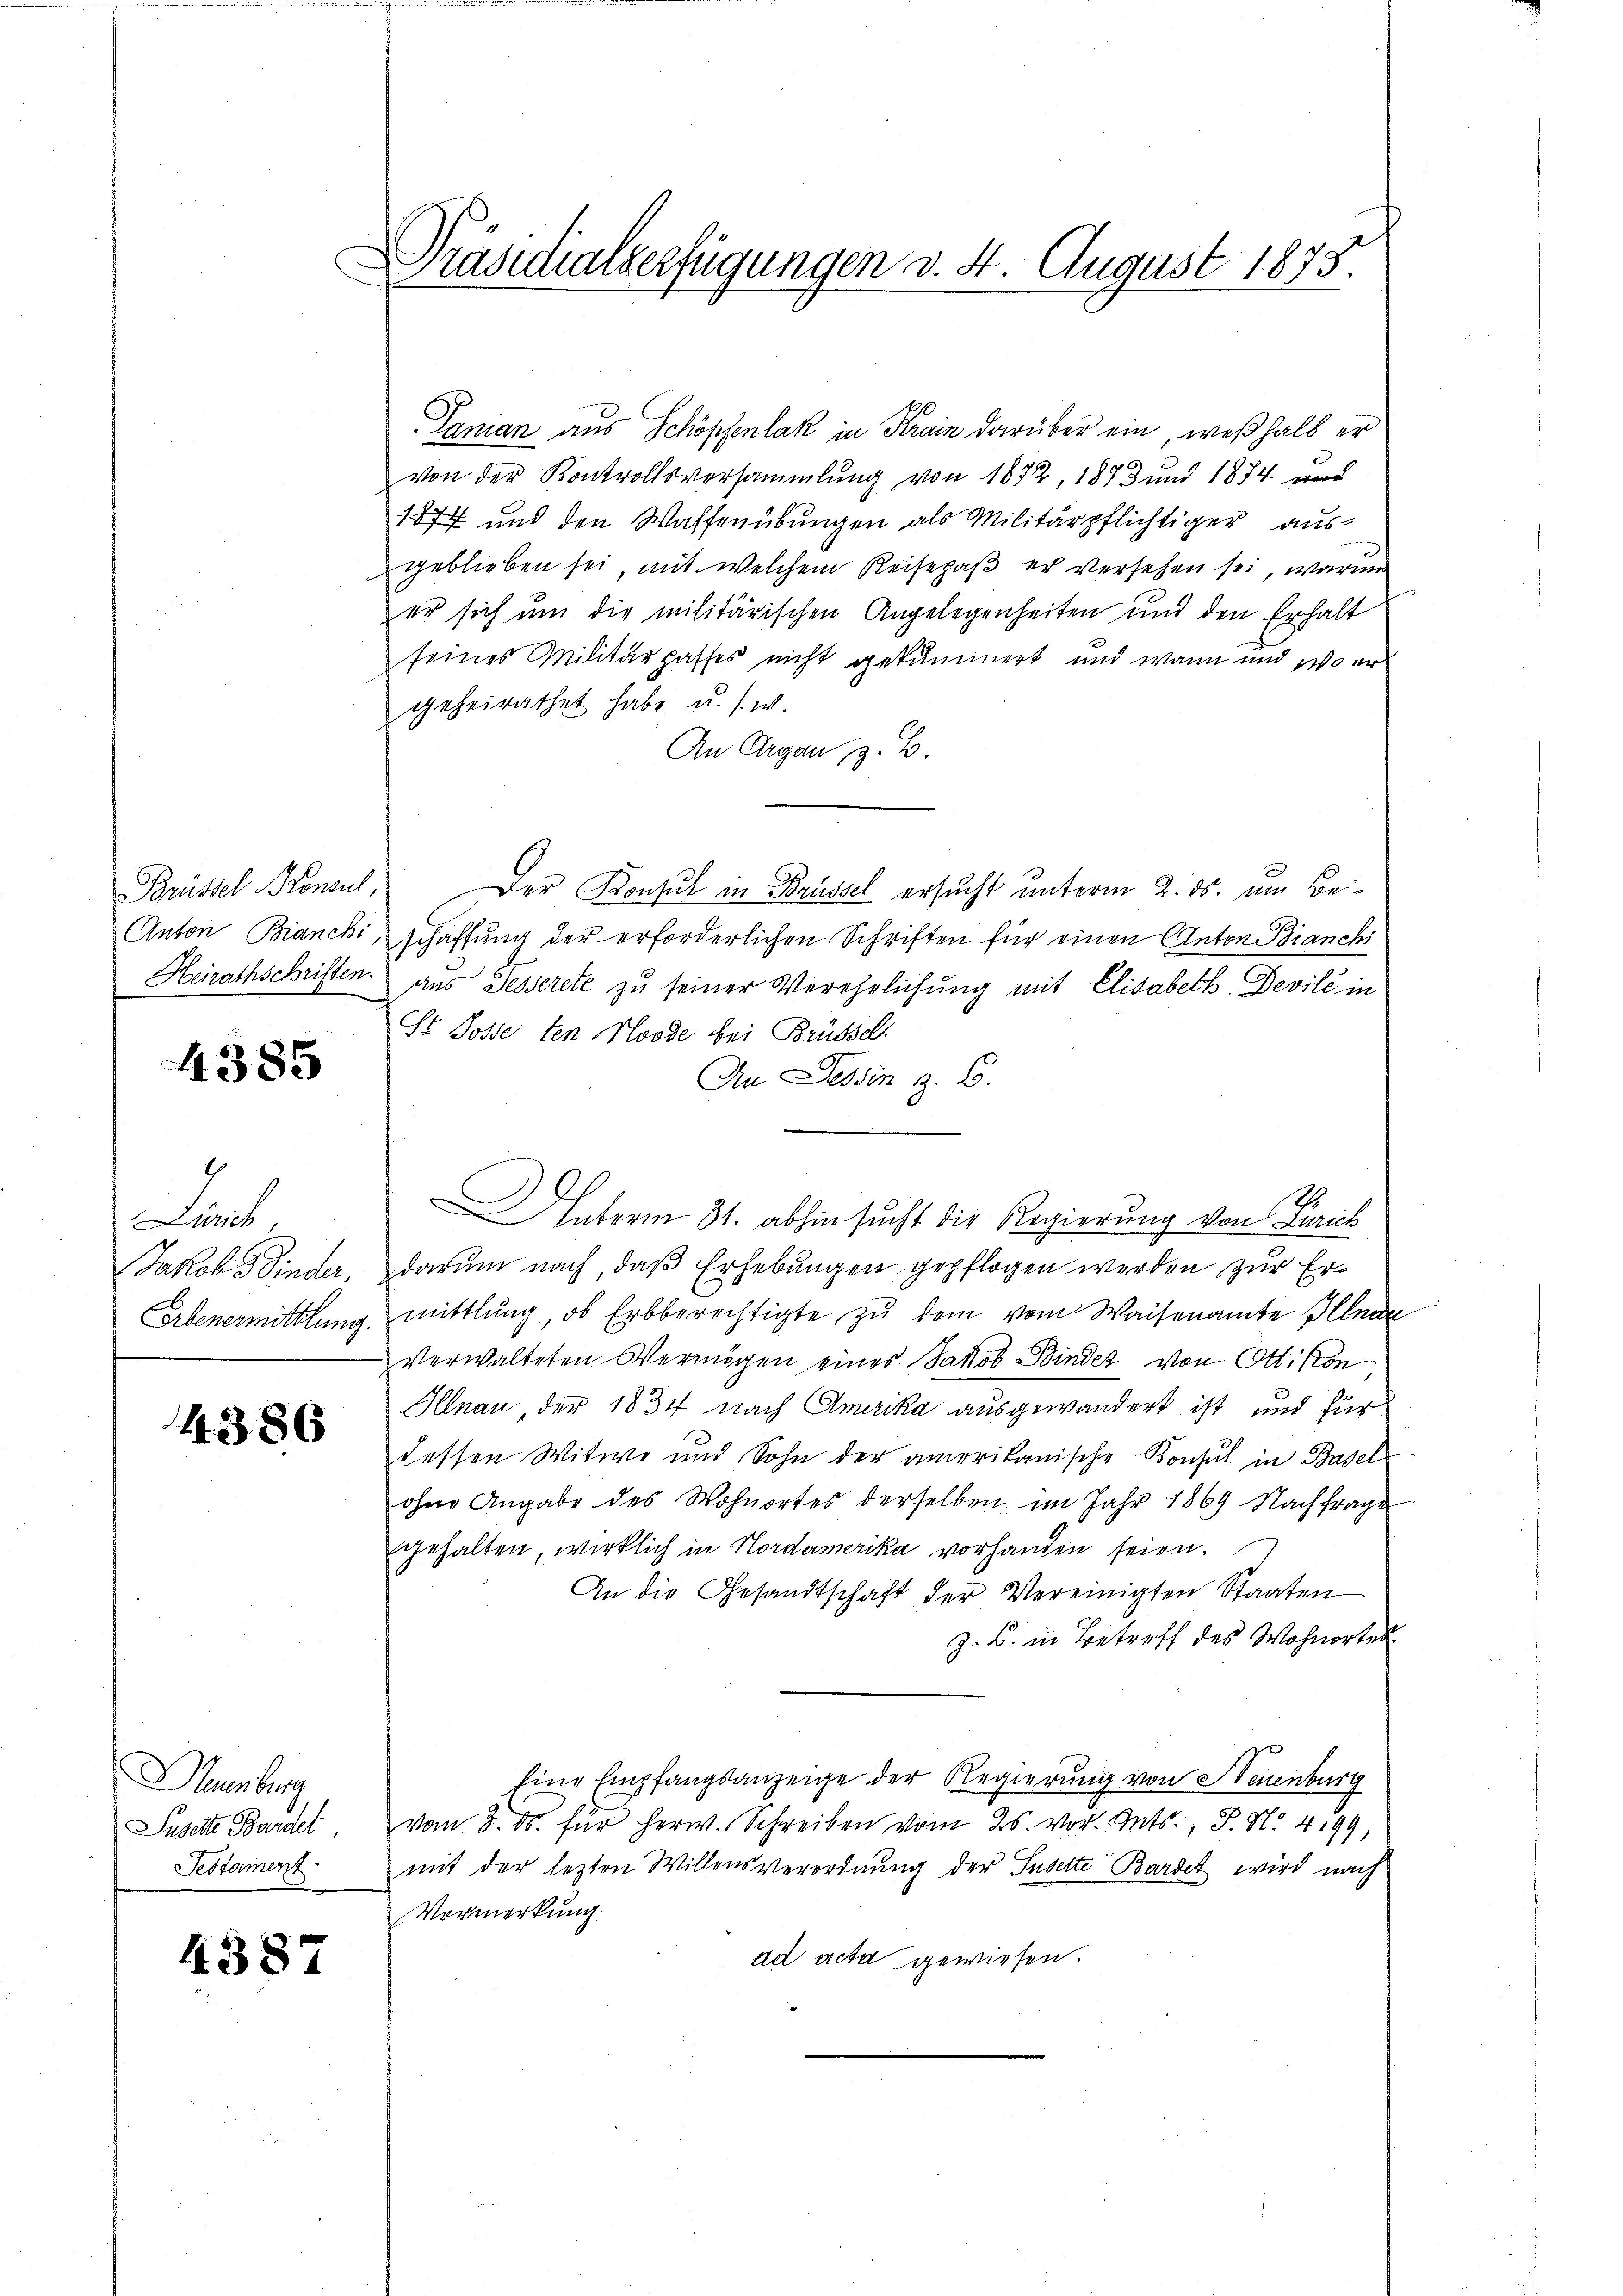
4385

Lenk,
Erbenermittlung

4386

umberg
Testament

4387

Präsidialverfügungen v. 4. August 1875.

Panian aus Schöpfenlak in Krain darüber ein, weßhalb er
von der Kontrollsversammlung von 1832, 1873 und 1874 und
1877 und den Waffenübungen als Militärpflichtiger ausgeblieben sei, mit welchem Reisepaβ er versehen sei, warme
er sich um die militärischen Angelegenheiten und den Erhalt
seines Militärpasses nicht gekümmert und wann und so er
geheirathet habe, u. s. w.
An Argau, z. B.
Brüssel Konsul, Der Konsul in Brüssel ersucht unterm 2. ds. um Be¬
Anton Bianchischaffung der erforderlichen Schriften für einen Anton Bianchi
Heirathschriften aus desserete zu seiner Verehelichung mit Elisabeth, Devile in
St Sose ten Norde bei Brüssel
An Tessin z. B.
Unterm 31. abhin sucht die Regierung von Liaich
Jakob Sinder, darum nach, daß Erhebungen gepflogen werden zur Ermittlung, ob Erbberechtigte zu dem vom Waisenamte Illna
verwalteten Vermögen eines Jakob Binder von Ottikon
Illnau, der 1834 nach Amerika ausgewandert ist und für
dessen Witwe und Sohn der amerikanische Konsul in Basel
ohne Angabe des Wohnortes derselben im Jahr 1869 Nachfrage
gehalten, wirklich in Nordamerika vorhanden seien.
An die Gesandtschaft der Vereinigten Staaten
z. B. in Betreff des Wohnortes
Eine Empfangsanzeige der Regierung von Steuenburg
Suselte Bardel vom 3. ds. für herw. Schreiben vom 25. vor. Mts., S. N. 499,
mit der lezten Willensverordnung der Suselte Bardet wird nach
Vormerkung
ad acta gewiesen.